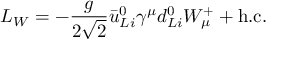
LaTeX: { \cal L } _ { W } = - \frac { g } { 2 \sqrt 2 } \bar { u } _ { L i } ^ { 0 } \gamma ^ { \mu } d _ { L i } ^ { 0 } W _ { \mu } ^ { + } + \mathrm { h . c . }